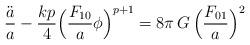
LaTeX: \begin{align*}\frac{\ddot a}{a}-\frac{kp}{4}\Bigl(\frac{F_{10}}{a}\phi\Bigr)^{p+1}=8\pi\,G\,\Bigl(\frac{F_{01}}{a}\Bigr)^2\end{align*}